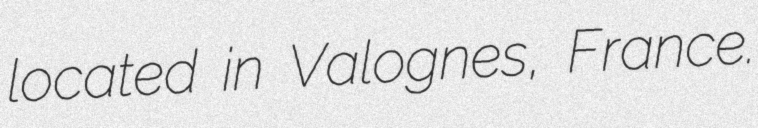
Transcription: located in Valognes, France.